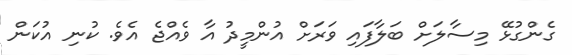
ގެންގުޅޭ މިސާލަށް ބަލާފައި ވަރަށް އުންމީދު އާ ވެއްޖެ އެވެ. ކުނި އުކަން